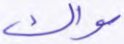
سواك